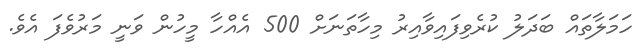
ހަމަލާތައް ބަދަލު ކުރެވިފައިވާއިރު މިހާތަނަށް 500 އެއްހާ މީހުން ވަނީ މަރުވެފަ އެވެ.